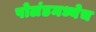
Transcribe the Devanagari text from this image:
पोलंडमध्येच